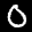
Label: 0